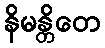
နိမန္တိတေ